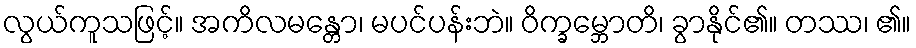
လွယ်ကူသဖြင့်။ အကိလမန္တော၊ မပင်ပန်းဘဲ။ ဝိက္ခမ္ဘောတိ၊ ခွာနိုင်၏။ တဿ၊ ၏။